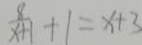
\frac { 8 } { x + 1 } + 1 = x + 3